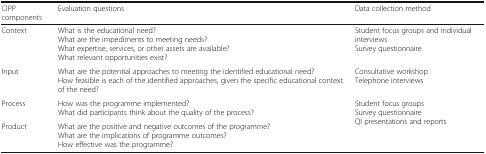
<table><thead><tr><td><b>CIPP components</b></td><td><b>Evaluation questions</b></td><td><b>Data collection method</b></td></tr></thead><tbody><tr><td>Context</td><td>What is the educational need?What are the impediments to meeting needs?What expertise, services, or other assets are available?What relevant opportunities exist?</td><td>Student focus groups and individual interviewsSurvey questionnaire</td></tr><tr><td>Input</td><td>What are the potential approaches to meeting the identified educational need?How feasible is each of the identified approaches, given the specific educational context of the need?</td><td>Consultative workshopTelephone interviews</td></tr><tr><td>Process</td><td>How was the programme implemented?What did participants think about the quality of the process?</td><td rowspan="2">Student focus groupsSurvey questionnaireQI presentations and reports</td></tr><tr><td>Product</td><td>What are the positive and negative outcomes of the programme?What are the implications of programme outcomes?How effective was the programme?</td></tr></tbody></table>